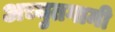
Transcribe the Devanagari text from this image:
अच्युतगामी